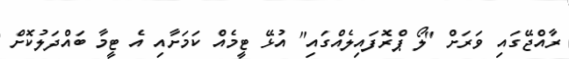
ރާއްޖޭގައި ވަރަށް "ލޯ ޕްރޮފައިލެއްގައި" އުޅޭ ޓީމެއް ކަމަށާއި އެ ޓީމާ ބައްދަލުކޮށް